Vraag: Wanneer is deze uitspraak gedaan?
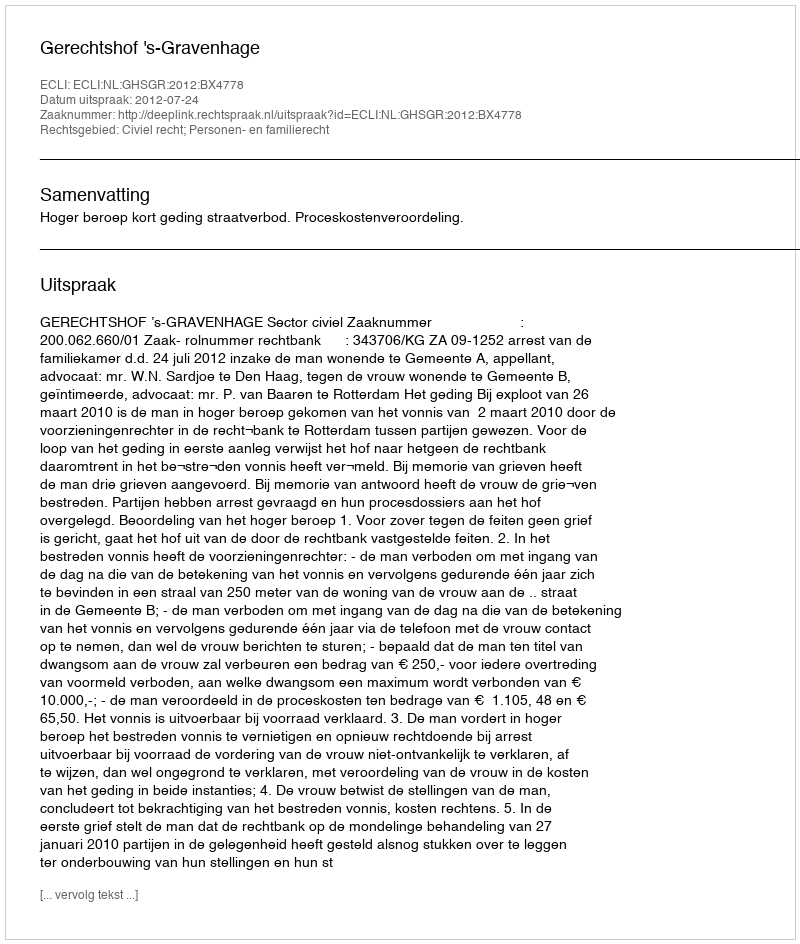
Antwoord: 2012-07-24